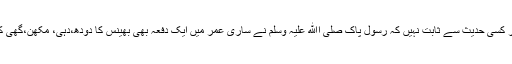
بھينس کا لفظ قرآن ميں ہے نہ حديث ميں اور کسی حديث سے ثابت نہيں کہ رسول پاک صلی اﷲ عليہ وسلم نے ساری عمر ميں ايک دفعہ بھی بھينس کا دودھ،دہی، مکھن،گھی کھایاہو یا لسی پی ہو تو دودھ کا کیا بنے گا ؟